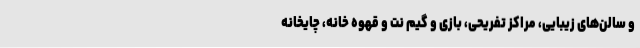
و سالن‌های زیبایی، مراکز تفریحی، بازی و گیم نت و قهوه خانه، چایخانه